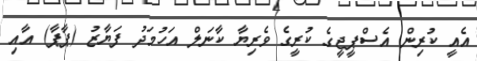
އެއީ ކުރިން އެސްޕީޖީގެ ކުރީގެ ވެރިޔާ ކާނަލް އަހުމަދު ފަޔާޒު (ޕާޕާ) އާއި